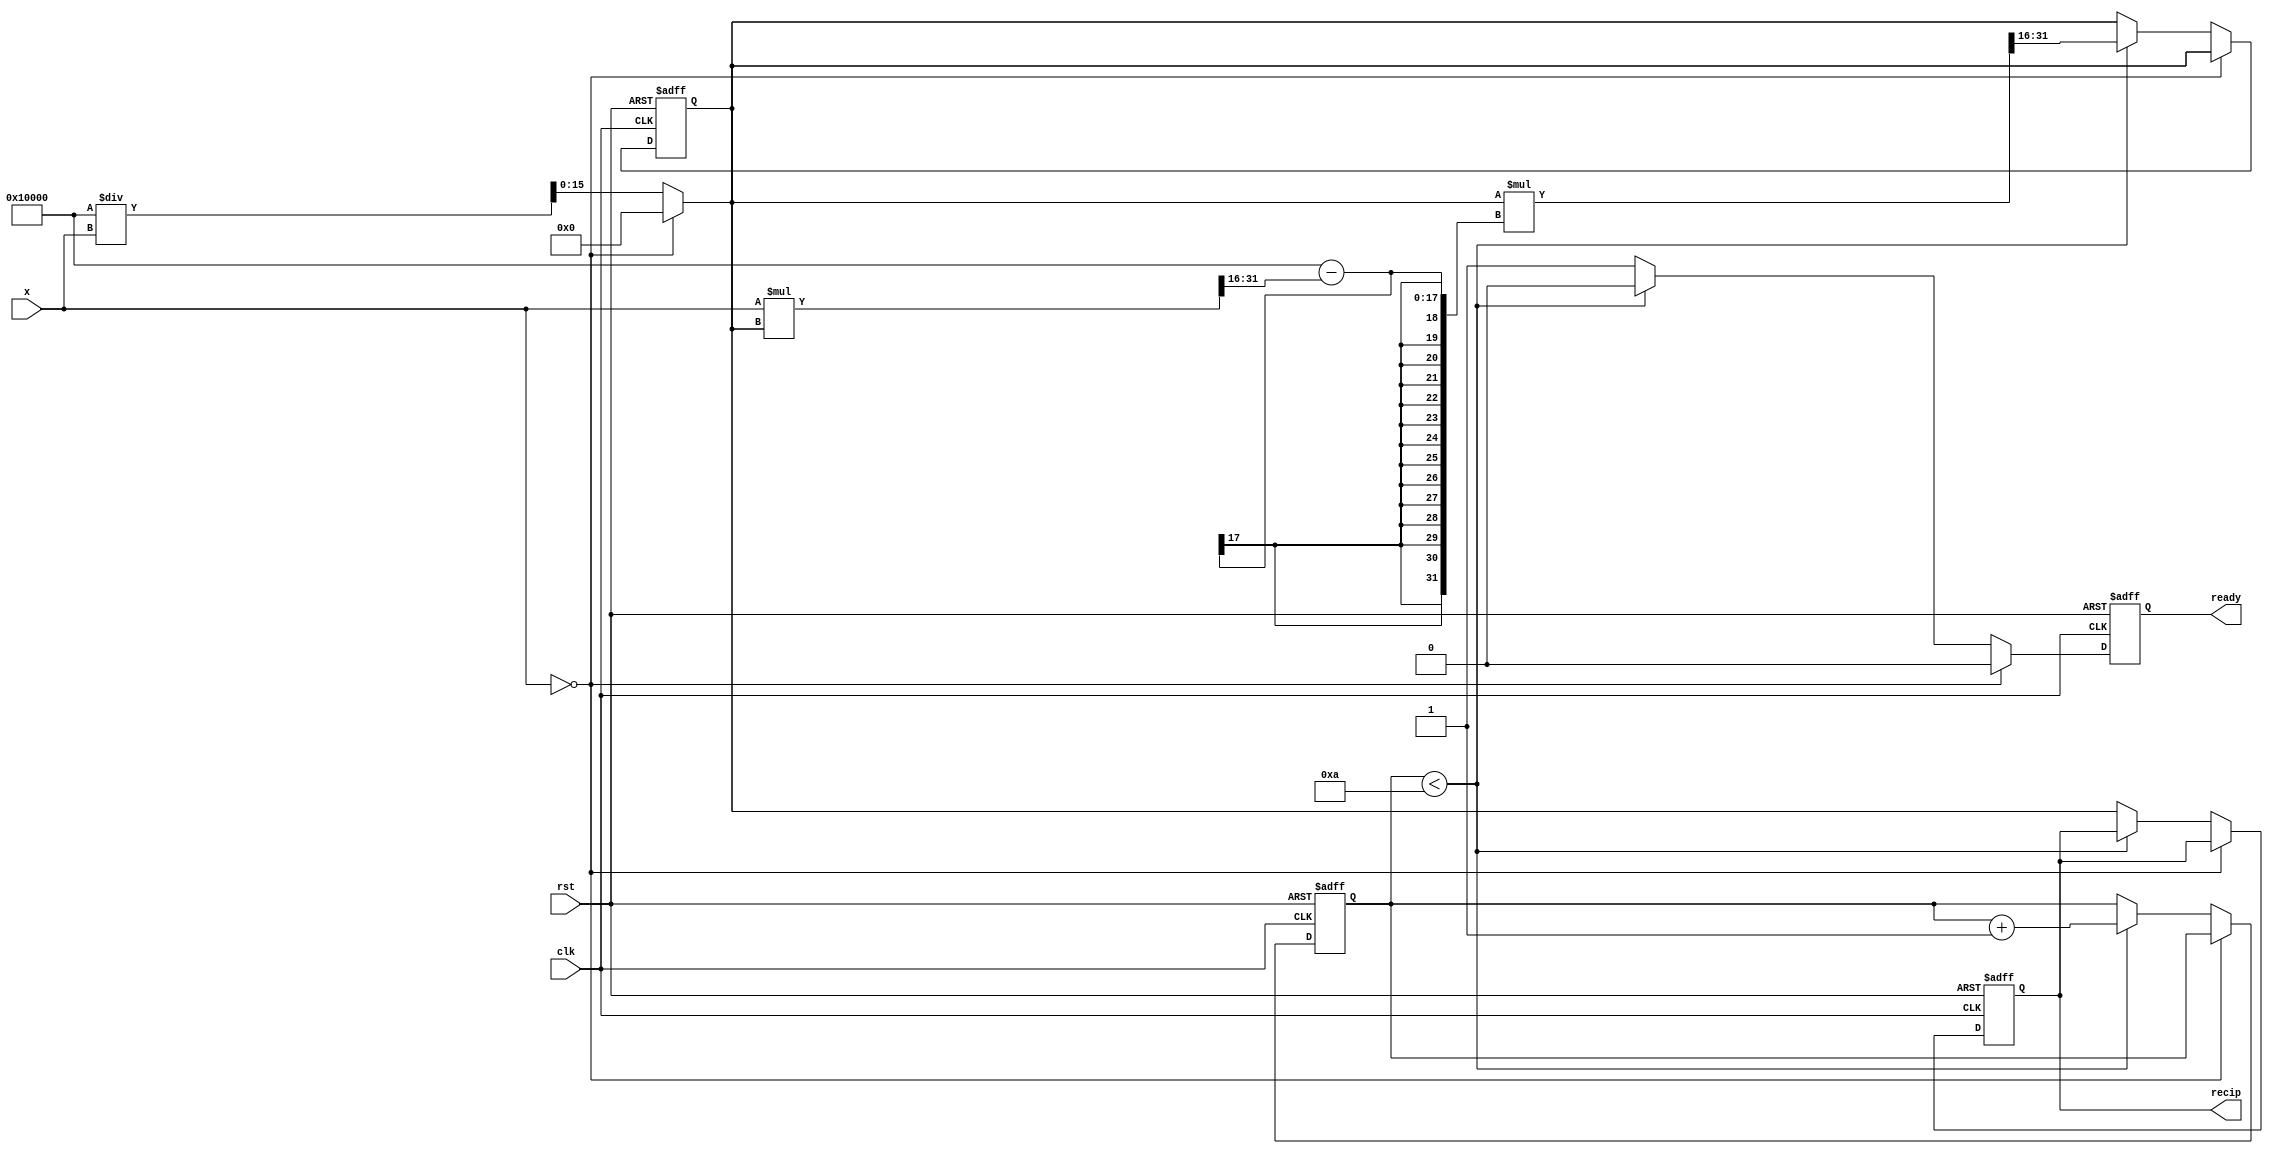
module iterative_reciprocal #(
    parameter N = 16,            // Bit width of the input and output
    parameter MAX_ITER = 10      // Maximum number of iterations
) (
    input wire clk,              // Clock signal
    input wire rst,              // Reset signal
    input wire [N-1:0] x,        // Input value (must be > 0)
    output reg [N-1:0] recip,    // Output reciprocal (1/x)
    output reg ready              // Output ready signal
);

    reg [N-1:0] guess;           // Current guess for the reciprocal
    reg [3:0] iter;              // Iteration counter
    reg valid_x;                 // Validity of input x

    // Initial guess logic based on input x
    always @(*) begin
        if (x == 0) begin
            valid_x = 0;          // Set valid flag to 0 if x is 0
            guess = 0;            // Avoid undefined behavior
        end else begin
            valid_x = 1;          // Valid input
            guess = (1 << N) / x; // Initial guess: 2^N / x (simple inversion)
        end
    end

    // Iterative refinement process
    always @(posedge clk or posedge rst) begin
        if (rst) begin
            recip <= 0;
            guess <= 0;
            iter <= 0;
            ready <= 0;
        end else if (valid_x) begin
            if (iter < MAX_ITER) begin
                // Apply Newton-Raphson iteration
                guess <= guess * ( (1 << N) - (x * guess >> N) ) >> N; // Update guess
                iter <= iter + 1;
                ready <= 0; // Not ready until convergence
            end else begin
                // Convergence achieved, output the reciprocal
                recip <= guess;
                ready <= 1; // Indicate that the output is ready
            end
        end else begin
            // If input x is invalid, maintain state
            ready <= 0; // Not ready state
        end
    end

endmodule